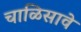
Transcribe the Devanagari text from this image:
चाळिसावे